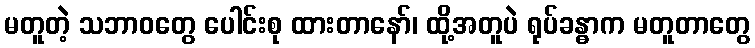
မတူတဲ့ သဘာဝတွေ ပေါင်းစု ထားတာနော်၊ ထို့အတူပဲ ရုပ်ခန္ဓာက မတူတာတွေ